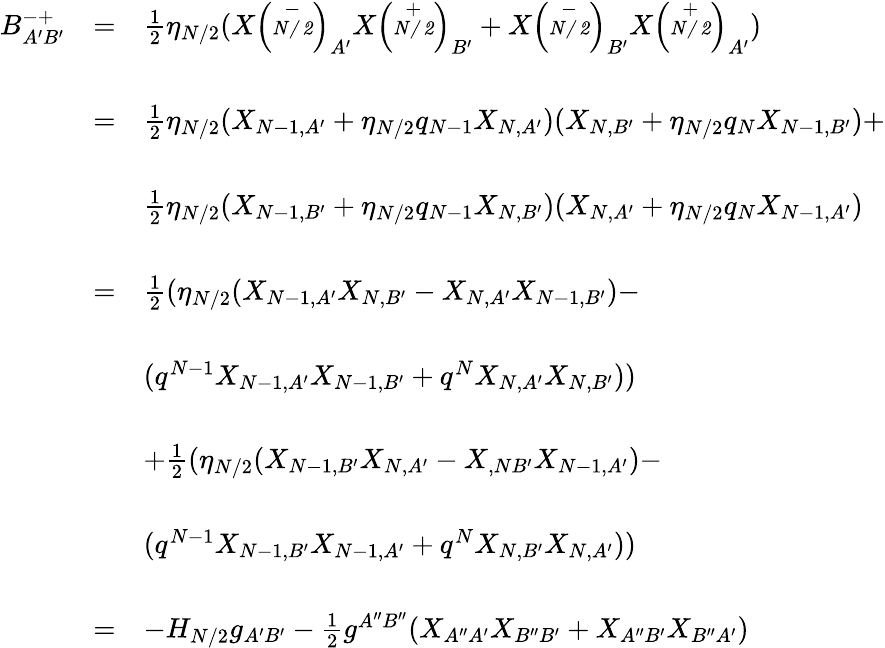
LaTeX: \begin{array}{lcl}{{B_{A^{\prime}B^{\prime}}^{-+}}}&{{=}}&{{\frac{1}{2}\eta_{N/2}(X\left(\stackrel{-}{\mathrm{\scriptsize\mathit{N/2}}}\right)_{A^{\prime}}X\left(\stackrel{+}{\mathrm{\scriptsize\mathit{N/2}}}\right)_{B^{\prime}}+X\left(\stackrel{-}{\mathrm{\scriptsize\mathit{N/2}}}\right)_{B^{\prime}}X\left(\stackrel{+}{\mathrm{\scriptsize\mathit{N/2}}}\right)_{A^{\prime}})}}\\ {{}}&{{}}&{{}}\\ {{}}&{{=}}&{{\frac{1}{2}\eta_{N/2}(X_{N-1,A^{\prime}}+\eta_{N/2}q_{N-1}X_{N,A^{\prime}})(X_{N,B^{\prime}}+\eta_{N/2}q_{N}X_{N-1,B^{\prime}})+}}\\ {{}}&{{}}&{{}}\\ {{}}&{{}}&{{\frac{1}{2}\eta_{N/2}(X_{N-1,B^{\prime}}+\eta_{N/2}q_{N-1}X_{N,B^{\prime}})(X_{N,A^{\prime}}+\eta_{N/2}q_{N}X_{N-1,A^{\prime}})}}\\ {{}}&{{}}&{{}}\\ {{}}&{{=}}&{{\frac{1}{2}(\eta_{N/2}(X_{N-1,A^{\prime}}X_{N,B^{\prime}}-X_{N,A^{\prime}}X_{N-1,B^{\prime}})-}}\\ {{}}&{{}}&{{}}\\ {{}}&{{}}&{{(q^{N-1}X_{N-1,A^{\prime}}X_{N-1,B^{\prime}}+q^{N}X_{N,A^{\prime}}X_{N,B^{\prime}}))}}\\ {{}}&{{}}&{{}}\\ {{}}&{{}}&{{+\frac{1}{2}(\eta_{N/2}(X_{N-1,B^{\prime}}X_{N,A^{\prime}}-X_{,NB^{\prime}}X_{N-1,A^{\prime}})-}}\\ {{}}&{{}}&{{}}\\ {{}}&{{}}&{{(q^{N-1}X_{N-1,B^{\prime}}X_{N-1,A^{\prime}}+q^{N}X_{N,B^{\prime}}X_{N,A^{\prime}}))}}\\ {{}}&{{}}&{{}}\\ {{}}&{{=}}&{{-H_{N/2}g_{A^{\prime}B^{\prime}}-\frac{1}{2}g^{A^{\prime\prime}B^{\prime\prime}}(X_{A^{\prime\prime}A^{\prime}}X_{B^{\prime\prime}B^{\prime}}+X_{A^{\prime\prime}B^{\prime}}X_{B^{\prime\prime}A^{\prime}})}}\end{array}